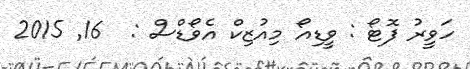
ހަވީރު ފޮޓޯ : ވީޑިއޯ މިއުޒިކް އެވޯޑްސް :  16